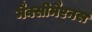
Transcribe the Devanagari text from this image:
मैक्सीमैएनस